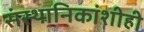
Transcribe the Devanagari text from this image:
संस्‍थानिकांशीही